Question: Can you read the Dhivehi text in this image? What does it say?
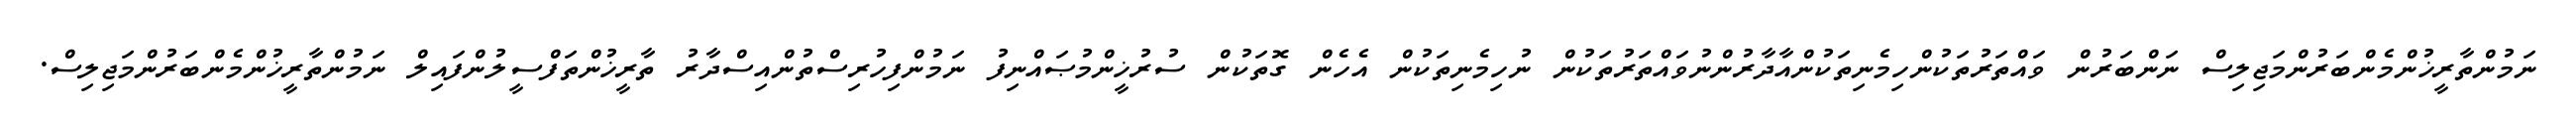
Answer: ނަމުންތާރީޚުންމެންބަރުންމަޖިލިސް ނަންބަރުން ވައްތަރުތަކުންހިމެނިތަކުންއާދާރުންނުވައްތަރުތަކުން ނުހިމެނިތަކުން އެހެން ގޮތަކުން ސުރުޚީންމުޞައްނިފު ނަމުންފިހުރިސްތުންއިސްދާރު ތާރީޚުންތަފްސީލުންފައިލް ނަމުންތާރީޚުންމެންބަރުންމަޖިލިސް.